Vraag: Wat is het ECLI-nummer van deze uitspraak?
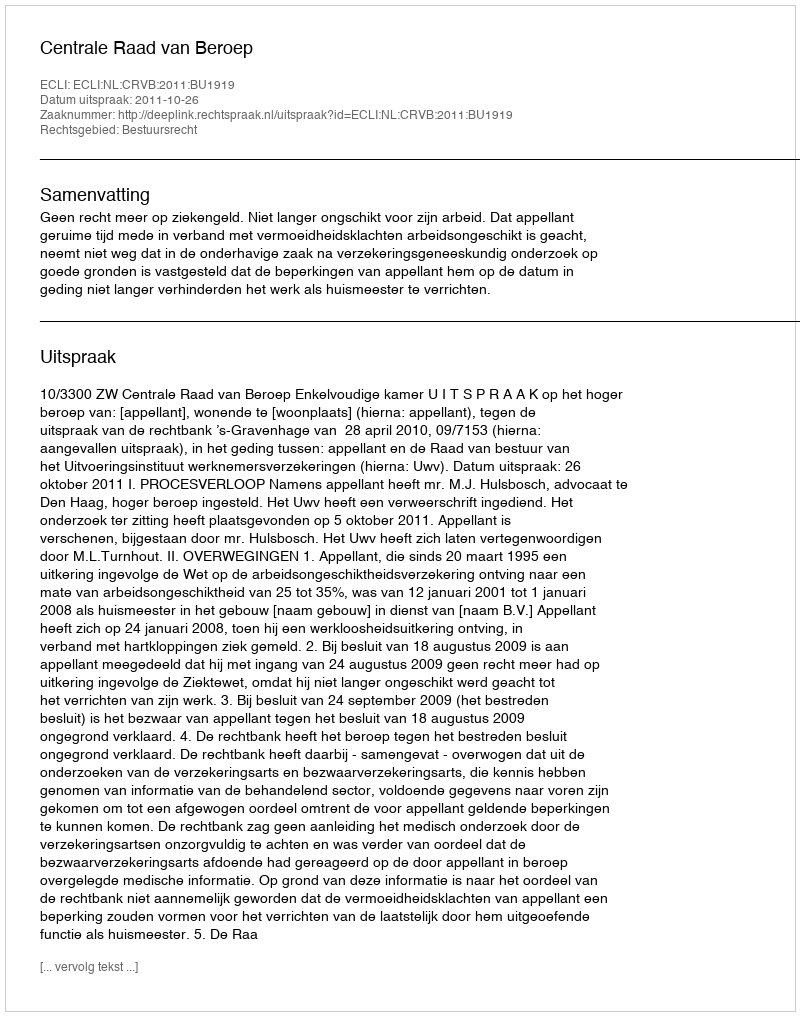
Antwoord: ECLI:NL:CRVB:2011:BU1919